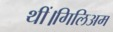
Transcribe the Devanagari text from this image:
थीं।गिलिअम